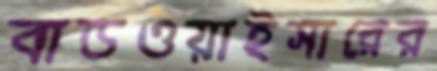
বাডওয়াইসারের